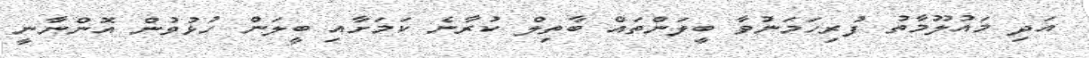
އަދި މައުލޫމާތު ފުރިހަމަނުވާ ބީލަންތައް ބާތިލް ކުރާނެ ކަމަށާއި ބީލަން ހުޅުވުން އޮންނާނީ